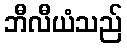
ဘီလီယံသည်